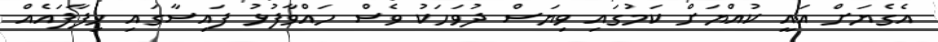
އެގެޔަށް އައީ ކުއްޔަށް ކަމުގައި ވިޔަސް ދުވަހަކު ވެސް ހައްވާފުޅު ފައިސާގައި ހިފާފައެއް